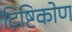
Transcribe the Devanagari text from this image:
द्रिष्टिकोण